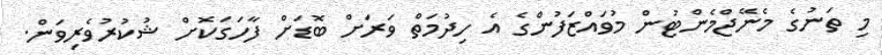
މި ތަނުގެ މެނޭޖްމެންޓުން މުވައްޒަފުންގެ އެ ހިދުމަތް ވަރަށް ބޮޑަށް ފާހަގަކޮށް ޝުކުރުވެރިވަން.